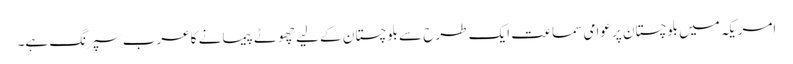
امریکہ میں بلوچستان پر عوامی سماعت ایک طرح سے بلوچستان کے لیے چھوٹے پیمانے کا عرب سپرنگ ہے۔